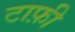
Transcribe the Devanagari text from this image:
टाफ़ी